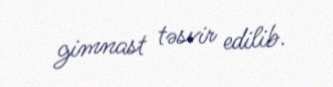
gimnast təsvir edilib.